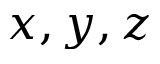
x , y , z